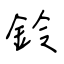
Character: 鈴